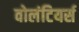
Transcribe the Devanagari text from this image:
वोलंटियर्स